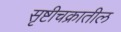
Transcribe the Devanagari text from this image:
सृष्टीचक्रातील